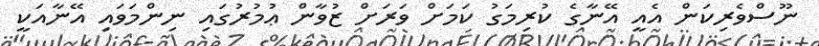
ނޫސްވެރިކަން އެއީ އޭނާގެ ކުރިމަގު ކަމަށް ވަރަށް ޒުވާން ޢުމުރުގައި ނިންމަވައި އޭނާއަކީ